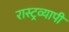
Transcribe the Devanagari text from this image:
रास्ट्रव्यापी